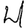
Digit: 4